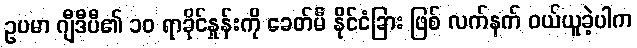
ဥပမာ ဂျီဒီပီ၏ ၁၀ ရာခိုင်နှုန်းကို ခေတ်မီ နိုင်ငံခြား ဖြစ် လက်နက် ဝယ်ယူခဲ့ပါက